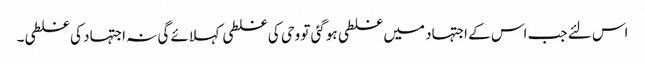
اس لئے جب اس کے اجتہاد میں غلطی ہوگئی تو وحی کی غلطی کہلائے گی نہ اجتہاد کی غلطی۔